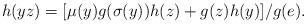
LaTeX: \begin{align*}h(yz)=[\mu(y)g(\sigma(y))h(z)+g(z)h(y)]/g(e).\end{align*}